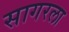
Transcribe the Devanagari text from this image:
सागरला